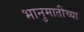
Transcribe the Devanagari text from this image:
भानुमातीच्या